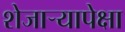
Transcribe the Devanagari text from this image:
शेजाऱ्यापेक्षा